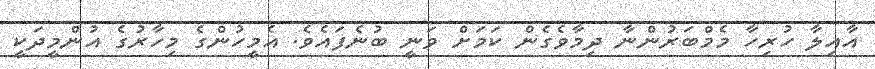
އާއިލާ ހުރިހާ މެމްބަރުންނާ ދިމާވެގެން ކަމަށް ވަނީ ބުނެފައެވެ. އެމީހުންގެ މިހާރުގެ އުންމީދަކީ